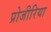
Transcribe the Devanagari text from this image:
प्रोजीरिया